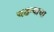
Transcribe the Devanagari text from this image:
चढन्याचा